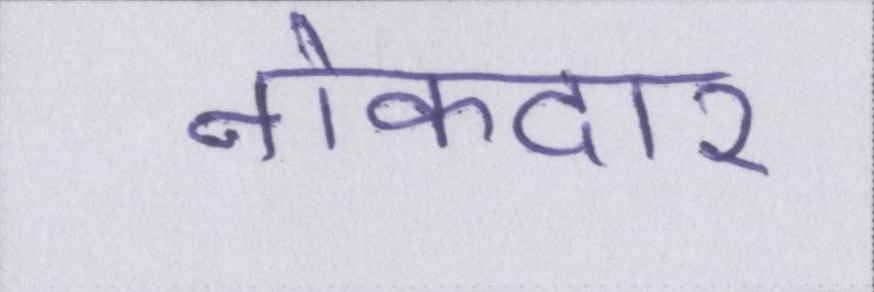
नोकदार